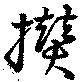
欑